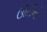
ઊટીનો